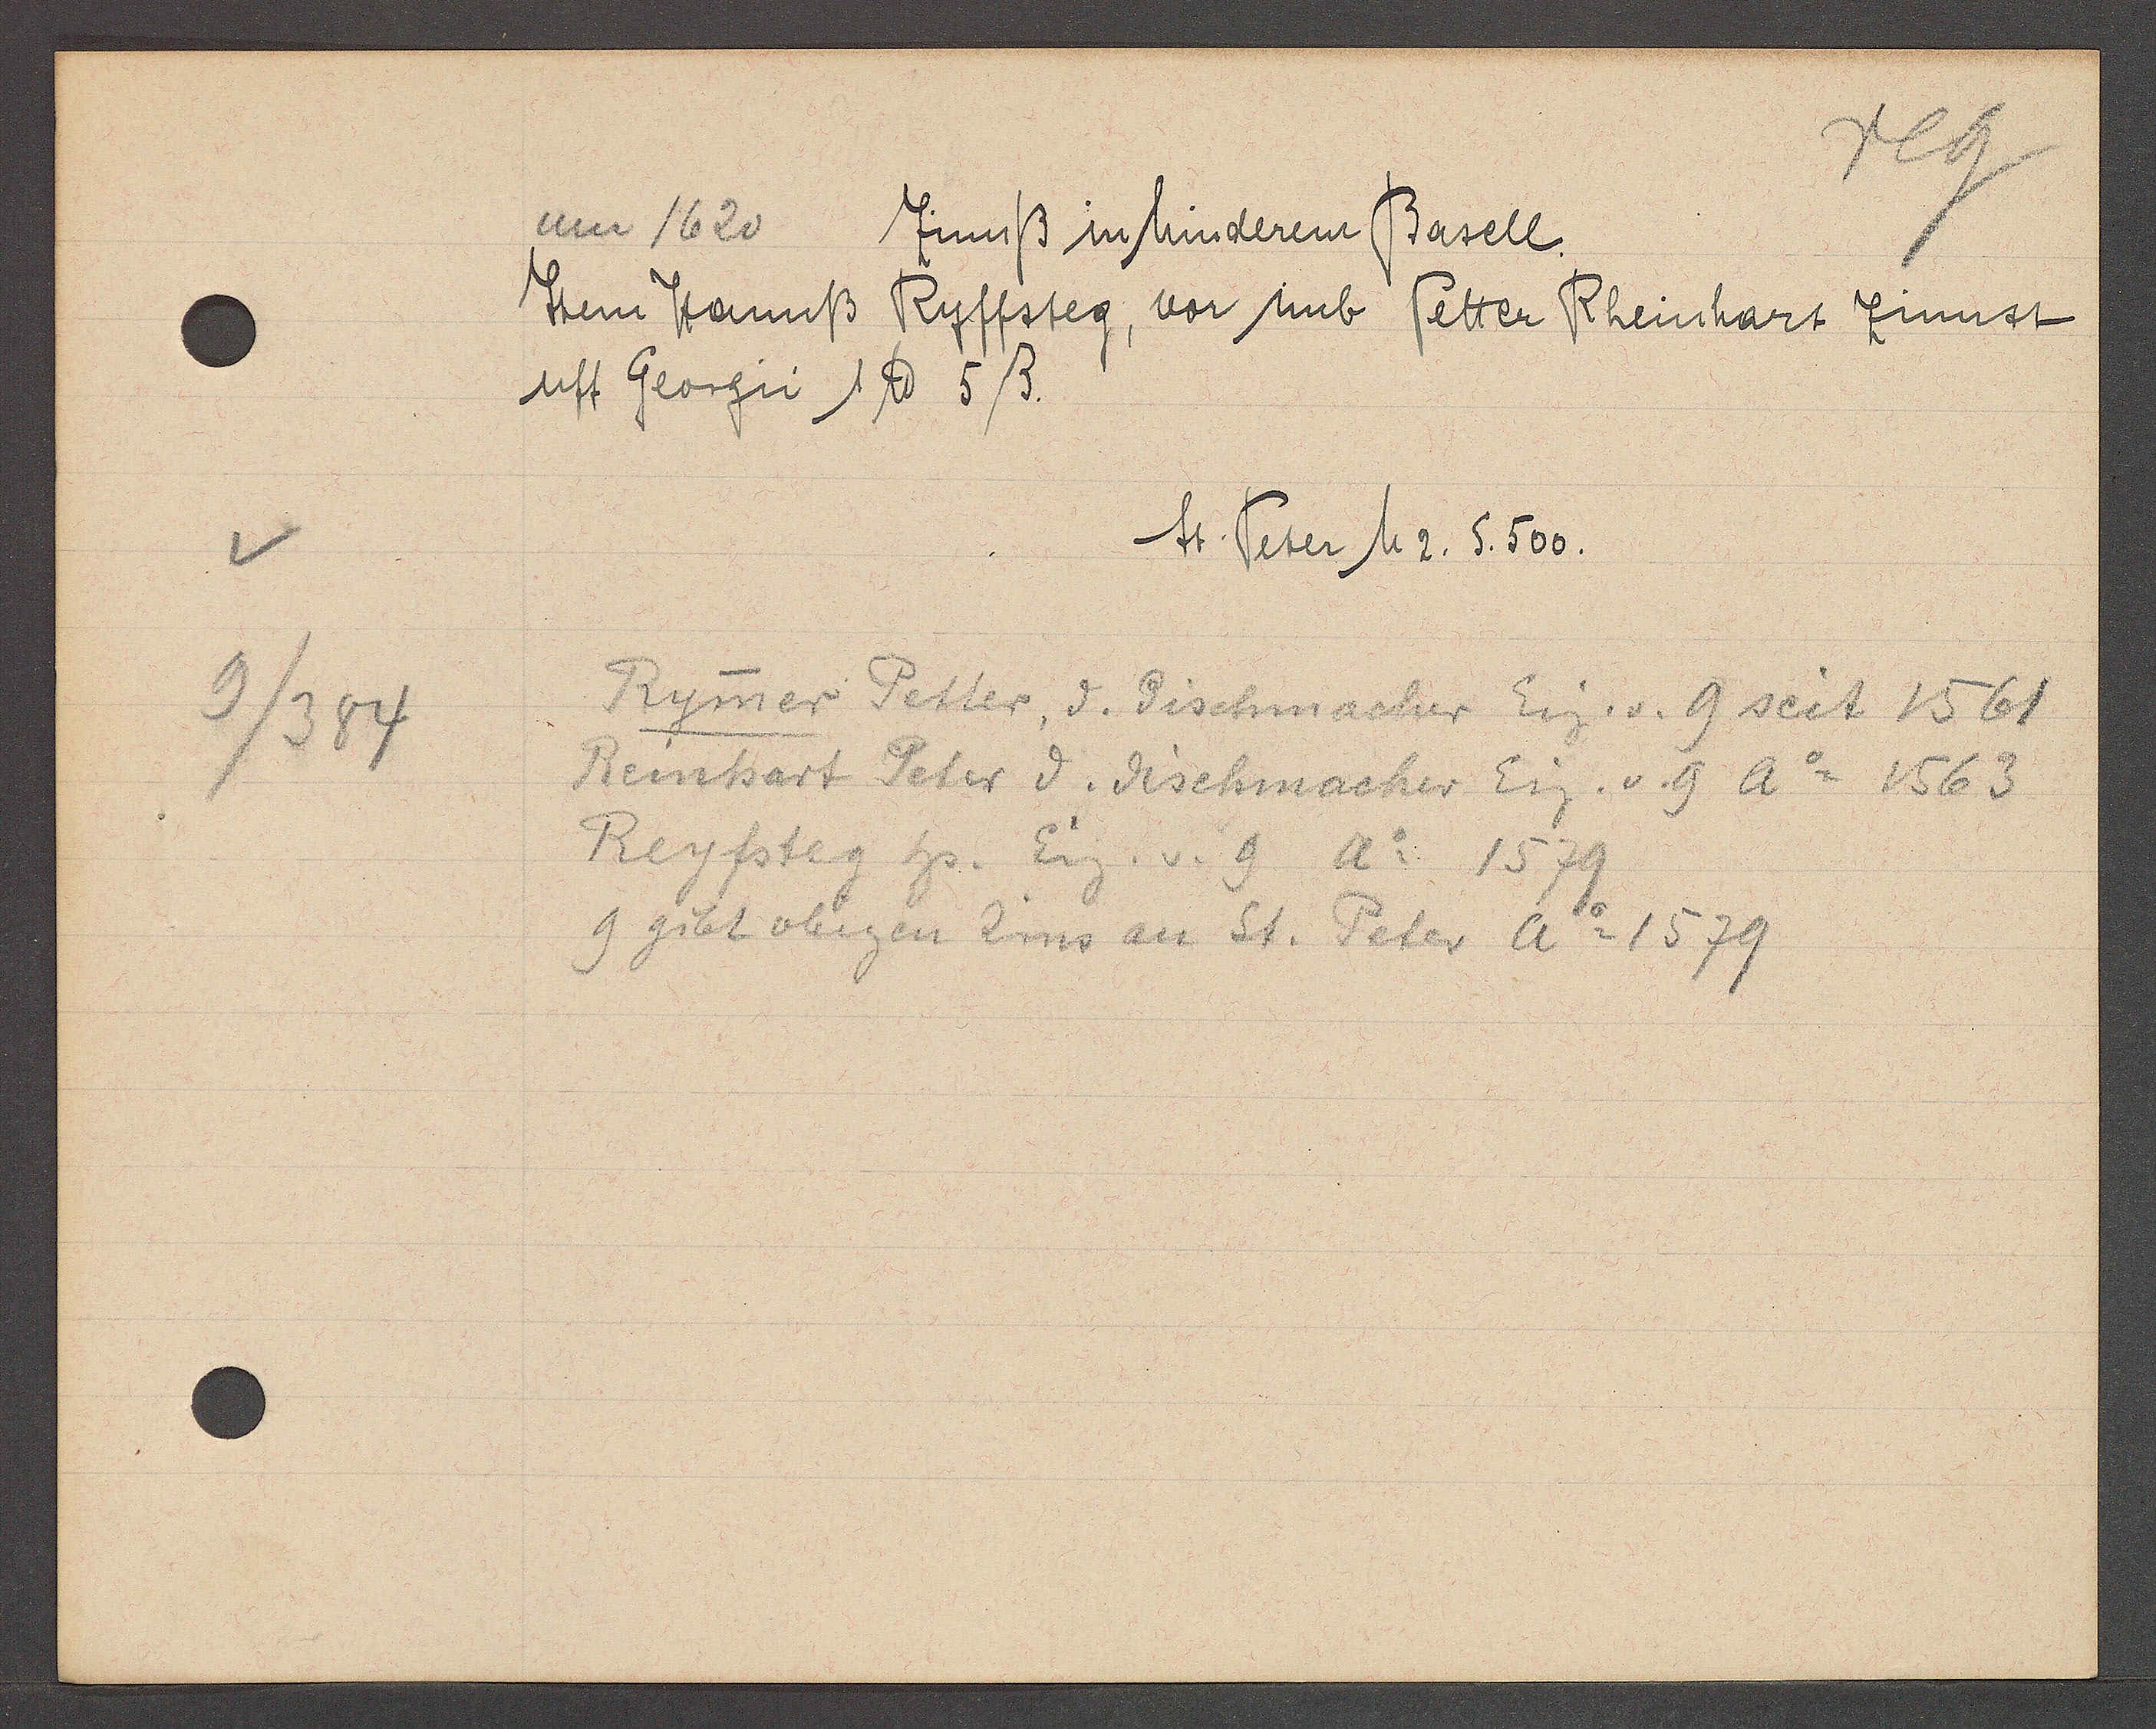
Transcript:
9/384

um 1620

Zinnß in hinderem Basell.
Item Hannß Ryffsteg, vor imb Petter Rheinhart Zinnst
uff Georgii 1 ℔ 5ß.

St. Peter M 2. S. 500.

Rymer Petter, d. Fischmacher Eig. v. 9 seit 1561
Reinhart Peter d. dischmacher Eig. v. 9 Ao 1563
Reyfsteg hs. Eig. v. 9 Ao 1579
9 gibt obigen Zins an St. Peter Ao 1579